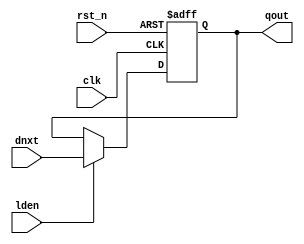
module dfflr # (
  parameter DW = 32
) (

  input               lden,
  input      [DW-1:0] dnxt,
  output     [DW-1:0] qout,

  input               clk,
  input               rst_n
);

reg [DW-1:0] qout_r;

always @(posedge clk or negedge rst_n)
begin : DFFLR_PROC
  if (rst_n == 1'b0)
    qout_r <= {DW{1'b0}};
  else if (lden == 1'b1)
    qout_r <=  dnxt;
end

assign qout = qout_r;




endmodule